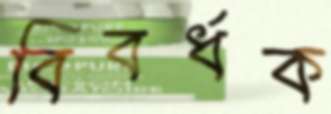
বিবর্ধক